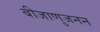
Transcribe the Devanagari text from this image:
बीजाणुजनन